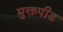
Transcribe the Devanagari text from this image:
मुक्तपीड